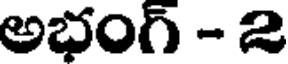
అభంగ్ - 2